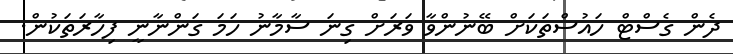
ދެން ގެސްޓް ހައުސްތަކަށް ބޭނުންވާ ވަރަށް ގިނަ ސާމާނު ހަމަ ގަންނާނީ ފިހާރަތަކުން.